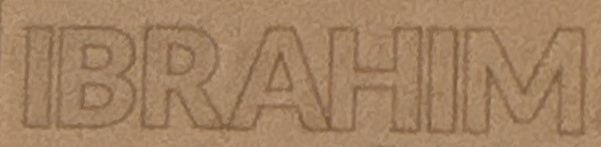
IBRAHIM